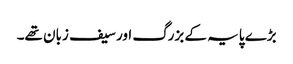
بڑے پایہ کے بزرگ اور سیف زبان تھے۔